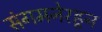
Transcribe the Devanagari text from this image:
संगमनेरहून